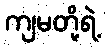
ကျမတို့ရဲ့